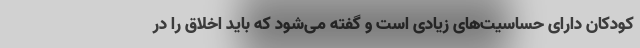
کودکان دارای حساسیت‌های زیادی است و گفته می‌شود که باید اخلاق را در